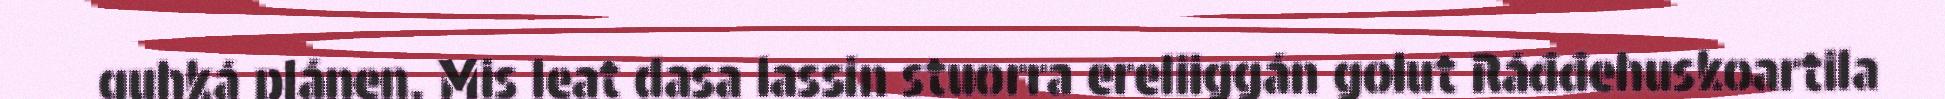
guhká plánen. Mis leat dasa lassin stuorra ereliiggán golut Ráđđehuskoartila